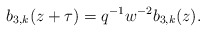
\begin{align*} b_{3,k}(z+\tau)=q^{-1}w^{-2}b_{3,k}(z). \end{align*}